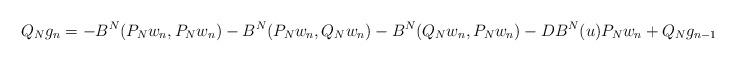
LaTeX: \begin{align*} Q_Ng_n=-B^N(P_Nw_n,P_Nw_n)-B^N(P_Nw_n,Q_Nw_n)-B^N(Q_Nw_n,P_Nw_n)-DB^N(u)P_Nw_n+Q_Ng_{n-1}, \end{align*}